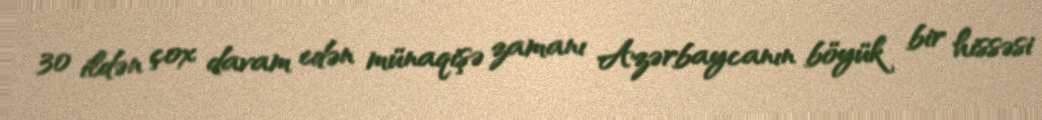
30 ildən çox davam edən münaqişə zamanı Azərbaycanın böyük bir hissəsi